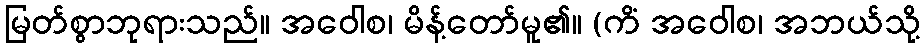
မြတ်စွာဘုရားသည်။ အဝေါစ၊ မိန့်တော်မူ၏။ (ကိံ အဝေါစ၊ အဘယ်သို့